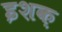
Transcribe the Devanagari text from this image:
इशक़